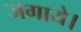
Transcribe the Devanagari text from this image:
जगाये।